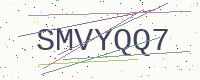
Text: SMVYQQ7